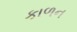
કાળન